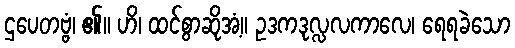
ဌပေတဗ္ဗံ၊ ၏။ ဟိ၊ ထင်စွာဆိုအံ့။ ဥဒကဒုလ္လလကာလေ၊ ရေရခဲသော